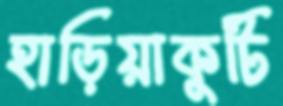
হাড়িয়াকুটি